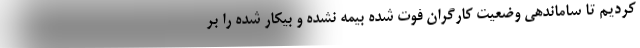
کردیم تا ساماندهی وضعیت کارگران فوت شده بیمه نشده و بیکار شده را بر